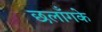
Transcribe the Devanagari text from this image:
छलाँगके